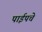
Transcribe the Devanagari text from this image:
पाईपचे